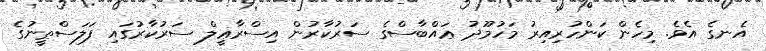
އެނގެ އެވެ. މިހެން ކަންހުރިއިރު މަހުމޫދު ޢައްބާސްގެ ސަރުކާރުން އިސްރާޢީލް ސަރުކާރުގައި ފަލަސްޠީނުގެ